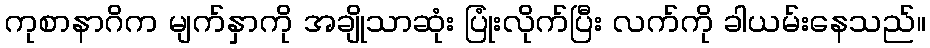
ကုစာနာဂိက မျက်နှာကို အချိုသာဆုံး ပြုံးလိုက်ပြီး လက်ကို ခါယမ်းနေသည်။